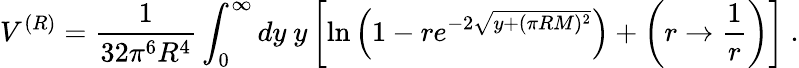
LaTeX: V^{(R)}=\frac{1}{32\pi^{6}R^{4}}\int_{0}^{\infty}dy\ y\left[\ln\left(1-re^{-2\sqrt{y+(\pi RM)^{2}}}\right)+\left(r\rightarrow\frac{1}{r}\right)\right]\ .